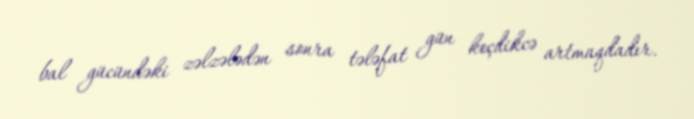
bal gücündəki zəlzələdən sonra tələfat gün keçdikcə artmaqdadır.